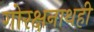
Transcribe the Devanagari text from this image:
गोरक्षनाथही